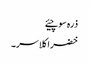
ذرہ سوچیئے
خضراکلاسر۔